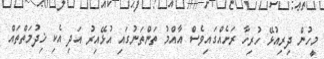
މީހުން ދިރިއުޅޭ ހުރިހާ ރަށެއްގައިވެސް އާއްމު ތަންތަނުގައި އުޅޭއިރު އަދި އެކި ޚިދުމަތްތައް